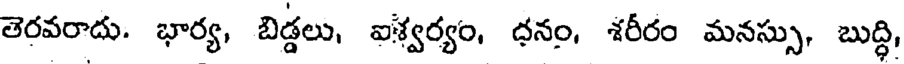
తెరవరాదు. భార్య, బిడ్డలు, ఐశ్వర్యం, ధనం, శరీరం మనస్సు, బుద్ధి,